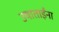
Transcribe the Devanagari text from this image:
उषाताईंना